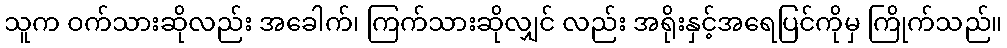
သူက ဝက်သားဆိုလည်း အခေါက်၊ ကြက်သားဆိုလျှင် လည်း အရိုးနှင့်အရေပြင်ကိုမှ ကြိုက်သည်။